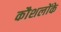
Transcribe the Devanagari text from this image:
कौशलोंके